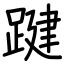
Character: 踺